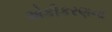
એકીકરણના